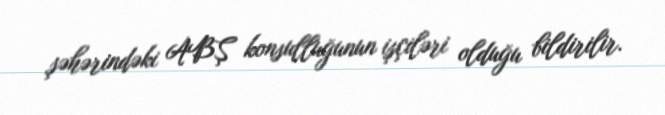
şəhərindəki ABŞ konsulluğunun işçiləri olduğu bildirilir.